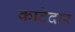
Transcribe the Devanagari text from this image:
काटेदार